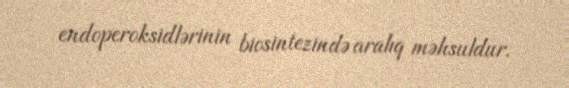
endoperoksidlərinin biosintezində aralıq məhsuldur.